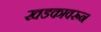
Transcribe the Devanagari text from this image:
खडकावरून